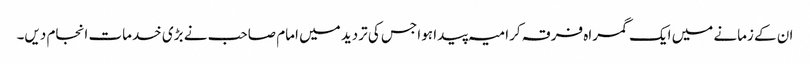
ان کے زمانے میں ایک گمراہ فرقہ کرامیہ پیدا ہوا جس کی تردید میں امام صاحب نے بڑی خدمات انجام دیں۔